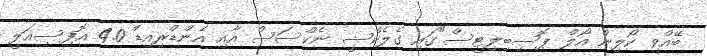
ބޭއްވި ކޯލިން އޯލް ޕޮސިބިލިޓީސް"ގައި ގެލެކްސީ ނެކްސަސް އާއި އެންޑްރިއިޑް 4.0 އޮފިސިއަލީ